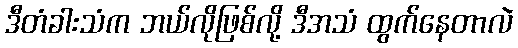
ဒီတံခါးသံက ဘယ်လိုဖြစ်လို့ ဒီအသံ ထွက်နေတာလဲ